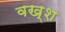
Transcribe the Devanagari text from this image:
वख्श